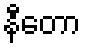
နီတော